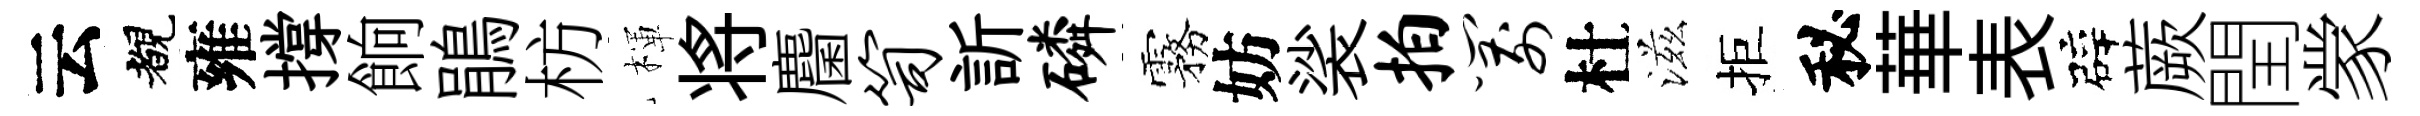
云覩雍撐餉鵑枋楎将麕笥訢磷霧妨裟拍箭杜滋拒秘華表辟蕨閏䝉